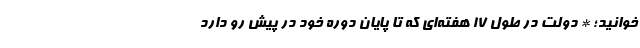
خوانید؛ * دولت در طول ۱۷ هفته‌ای که تا پایان دوره خود در پیش رو دارد